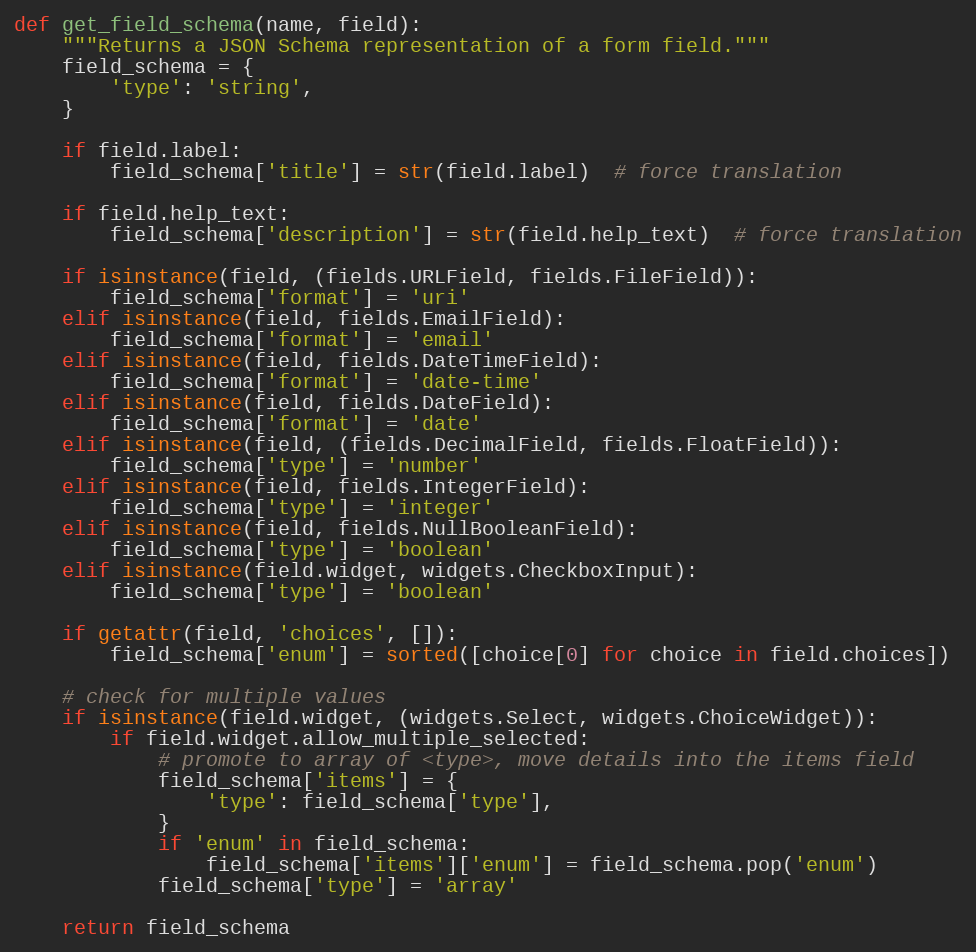
Language: Python
def get_field_schema(name, field):
    """Returns a JSON Schema representation of a form field."""
    field_schema = {
        'type': 'string',
    }

    if field.label:
        field_schema['title'] = str(field.label)  # force translation

    if field.help_text:
        field_schema['description'] = str(field.help_text)  # force translation

    if isinstance(field, (fields.URLField, fields.FileField)):
        field_schema['format'] = 'uri'
    elif isinstance(field, fields.EmailField):
        field_schema['format'] = 'email'
    elif isinstance(field, fields.DateTimeField):
        field_schema['format'] = 'date-time'
    elif isinstance(field, fields.DateField):
        field_schema['format'] = 'date'
    elif isinstance(field, (fields.DecimalField, fields.FloatField)):
        field_schema['type'] = 'number'
    elif isinstance(field, fields.IntegerField):
        field_schema['type'] = 'integer'
    elif isinstance(field, fields.NullBooleanField):
        field_schema['type'] = 'boolean'
    elif isinstance(field.widget, widgets.CheckboxInput):
        field_schema['type'] = 'boolean'

    if getattr(field, 'choices', []):
        field_schema['enum'] = sorted([choice[0] for choice in field.choices])

    # check for multiple values
    if isinstance(field.widget, (widgets.Select, widgets.ChoiceWidget)):
        if field.widget.allow_multiple_selected:
            # promote to array of <type>, move details into the items field
            field_schema['items'] = {
                'type': field_schema['type'],
            }
            if 'enum' in field_schema:
                field_schema['items']['enum'] = field_schema.pop('enum')
            field_schema['type'] = 'array'

    return field_schema